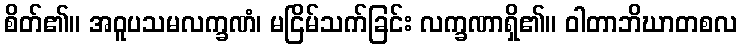
စိတ်၏။ အဝူပသမလက္ခဏံ၊ မငြိမ်သက်ခြင်း လက္ခဏာရှိ၏။ ဝါတာဘိဃာတစလ